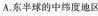
A.东半球的中纬度地区